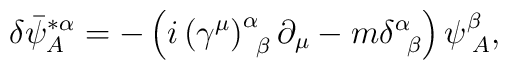
\delta \bar{\psi}_{A}^{*\alpha }=-\left( i\left( \gamma ^{\mu }\right)_{\;\;\beta }^{\alpha }\partial _{\mu }-m\delta _{\;\;\beta }^{\alpha}\right) \psi _{\;A}^{\beta },